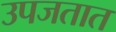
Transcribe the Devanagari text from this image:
उपजतात